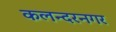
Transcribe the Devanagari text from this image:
कलन्दरनगर